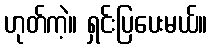
ဟုတ်ကဲ့။ ရှင်းပြပေးမယ်။